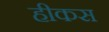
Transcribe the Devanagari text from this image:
हीकस